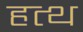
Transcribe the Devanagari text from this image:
हत्थ